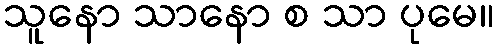
သူနော သာနော စ သာ ပုမေ။